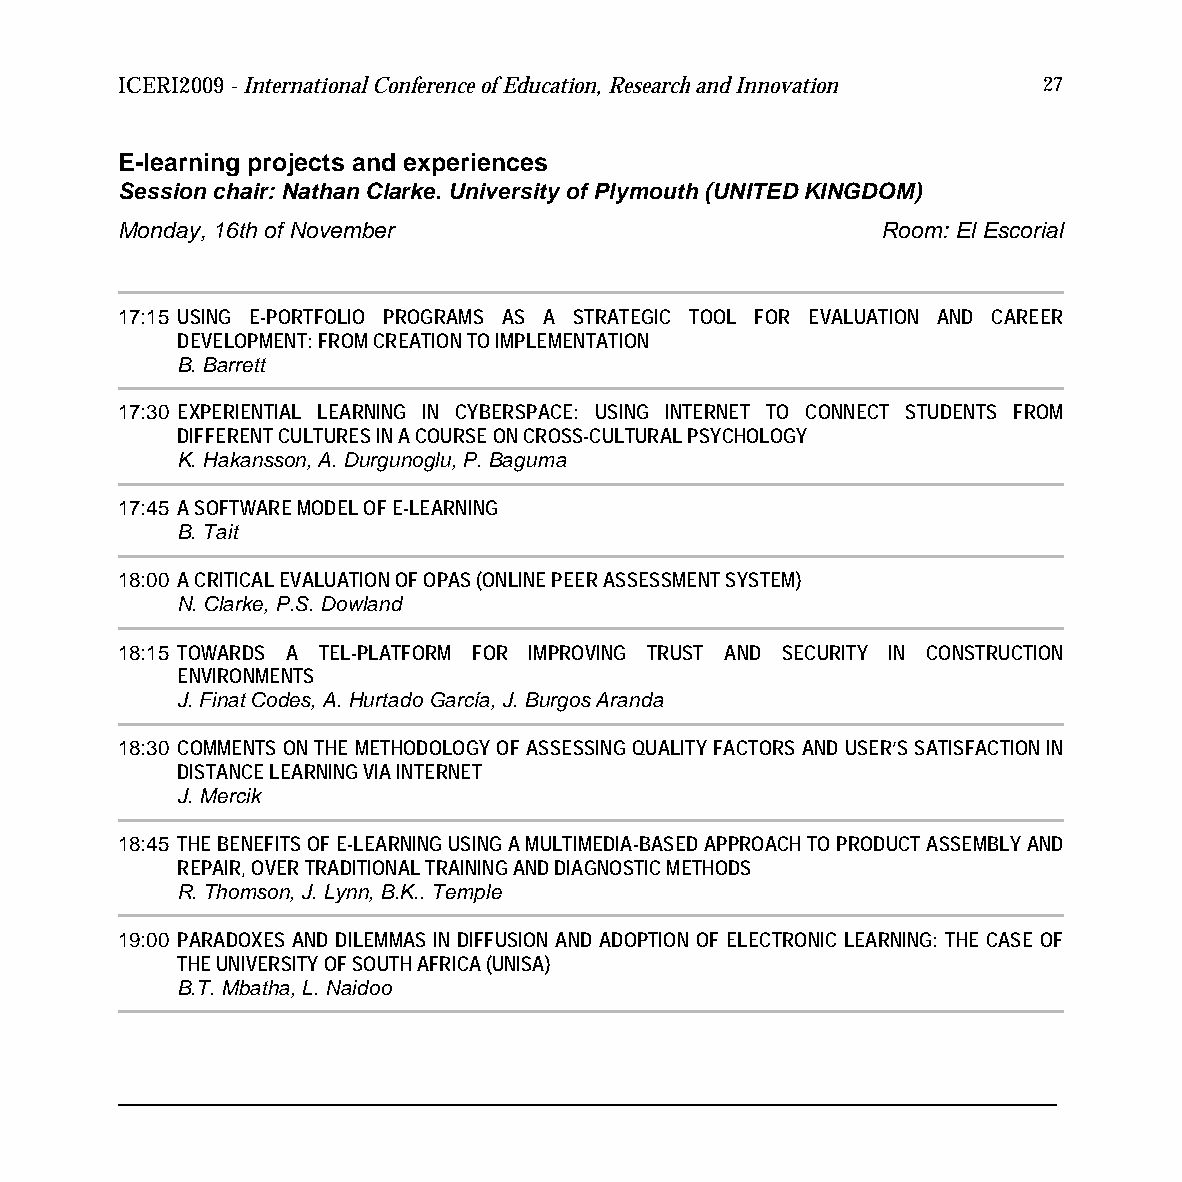
ICERI2009 - International Conference of Education, Research and Innovation 27
 E-learning projects and experiences
 Session chair: Nathan Clarke. University of Plymouth (UNITED KINGDOM)
 Monday, 16th of November                          Room: El Escorial
 17:15 USING E-PORTFOLIO PROGRAMS AS A STRATEGIC TOOL FOR EVALUATION AND CAREER
 DEVELOPMENT: FROM CREATION TO IMPLEMENTATION
 B. Barrett
 17:30 EXPERIENTIAL LEARNING IN CYBERSPACE: USING INTERNET TO CONNECT STUDENTS FROM
 DIFFERENT CULTURES IN A COURSE ON CROSS-CULTURAL PSYCHOLOGY
 K. Hakansson, A. Durgunoglu, P. Baguma
 17:45 A SOFTWARE MODEL OF E-LEARNING
 B. Tait
 18:00 A CRITICAL EVALUATION OF OPAS (ONLINE PEER ASSESSMENT SYSTEM)
 N. Clarke, P.S. Dowland
 18:15 TOWARDS A TEL-PLATFORM FOR IMPROVING TRUST AND SECURITY IN CONSTRUCTION
 ENVIRONMENTS
 J. Finat Codes, A. Hurtado García, J. Burgos Aranda
 18:30 COMMENTS ON THE METHODOLOGY OF ASSESSING QUALITY FACTORS AND USER’S SATISFACTION IN
 DISTANCE LEARNING VIA INTERNET
 J. Mercik
 18:45 THE BENEFITS OF E-LEARNING USING A MULTIMEDIA-BASED APPROACH TO PRODUCT ASSEMBLY AND
 REPAIR, OVER TRADITIONAL TRAINING AND DIAGNOSTIC METHODS
 R. Thomson, J. Lynn, B.K.. Temple
 19:00 PARADOXES AND DILEMMAS IN DIFFUSION AND ADOPTION OF ELECTRONIC LEARNING: THE CASE OF
 THE UNIVERSITY OF SOUTH AFRICA (UNISA)
 B.T. Mbatha, L. Naidoo